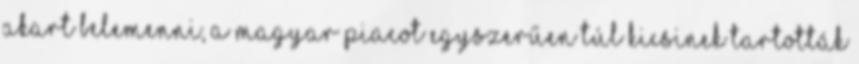
akart belemenni, a magyar piacot egyszerűen túl kicsinek tartották